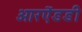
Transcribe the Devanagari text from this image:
आरऐंडडी